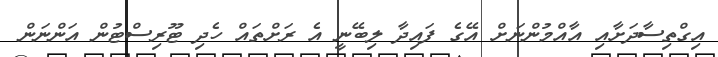
އިގްތިސާދަށާއި އާއްމުންނަށް އޭގެ ފައިދާ ލިބޭނީ އެ ރަށްތައް ހެދި ޓޫރިސްޓުން އަންނަން